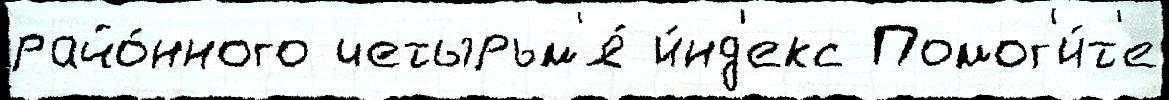
райо́нного четырьм'я́ и́нд'екс Помог'и́т'е